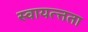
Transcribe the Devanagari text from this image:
स्वायत्त्तता